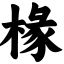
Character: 椽